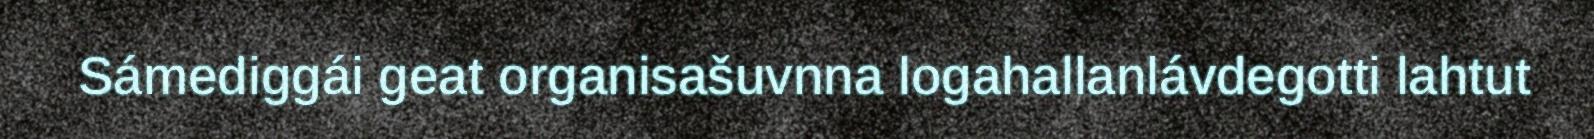
Sámediggái geat organisašuvnna logahallanlávdegotti lahtut